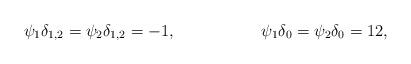
LaTeX: \begin{align*}\psi_1\delta_{1,2} = \psi_2\delta_{1,2} &= -1, & \psi_1\delta_0 = \psi_2\delta_0 &=12,\end{align*}